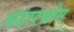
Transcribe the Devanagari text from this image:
भंडारभोग